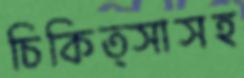
চিকিত্সাসহ